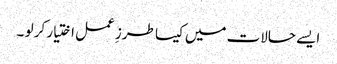
ایسے حالات میں کیسا طرزِ عمل اختیار کر لو ۔